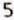
5